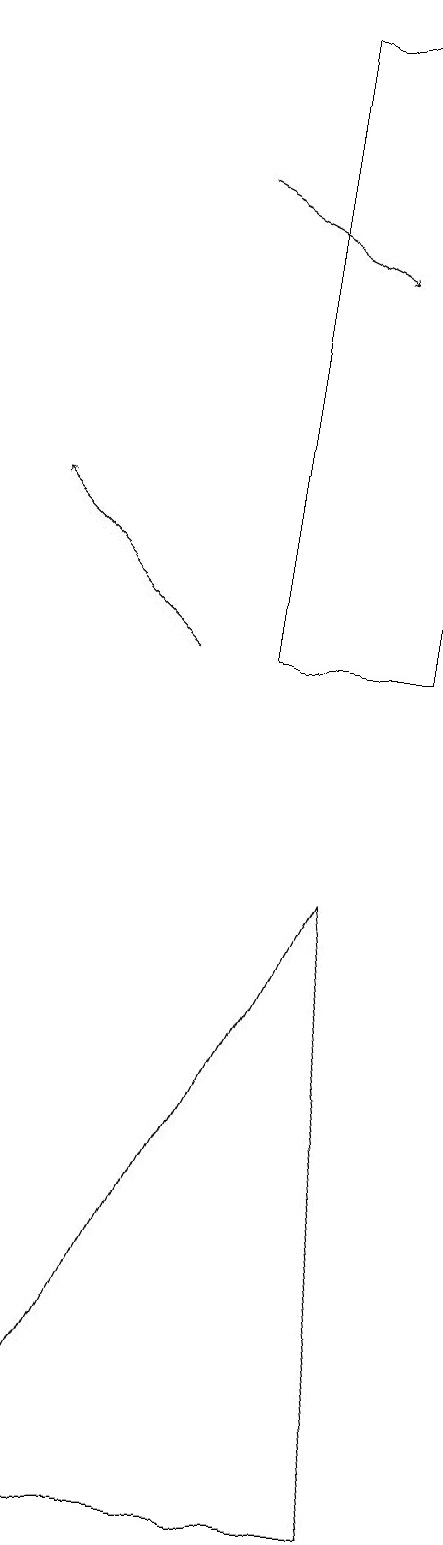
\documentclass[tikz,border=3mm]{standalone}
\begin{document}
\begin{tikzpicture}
\draw (9,0) -- (8,8) -- (4,0) -- cycle;
\draw (9,11) rectangle (7,19);
\draw[->] (6,11) -- (4,13);
\draw[->] (6,17) -- (8,16);
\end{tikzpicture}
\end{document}